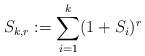
LaTeX: \begin{align*}S_{k,r}:=\sum_{i=1}^k (1+S_i)^r\end{align*}